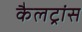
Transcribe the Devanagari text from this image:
कैलट्रांस